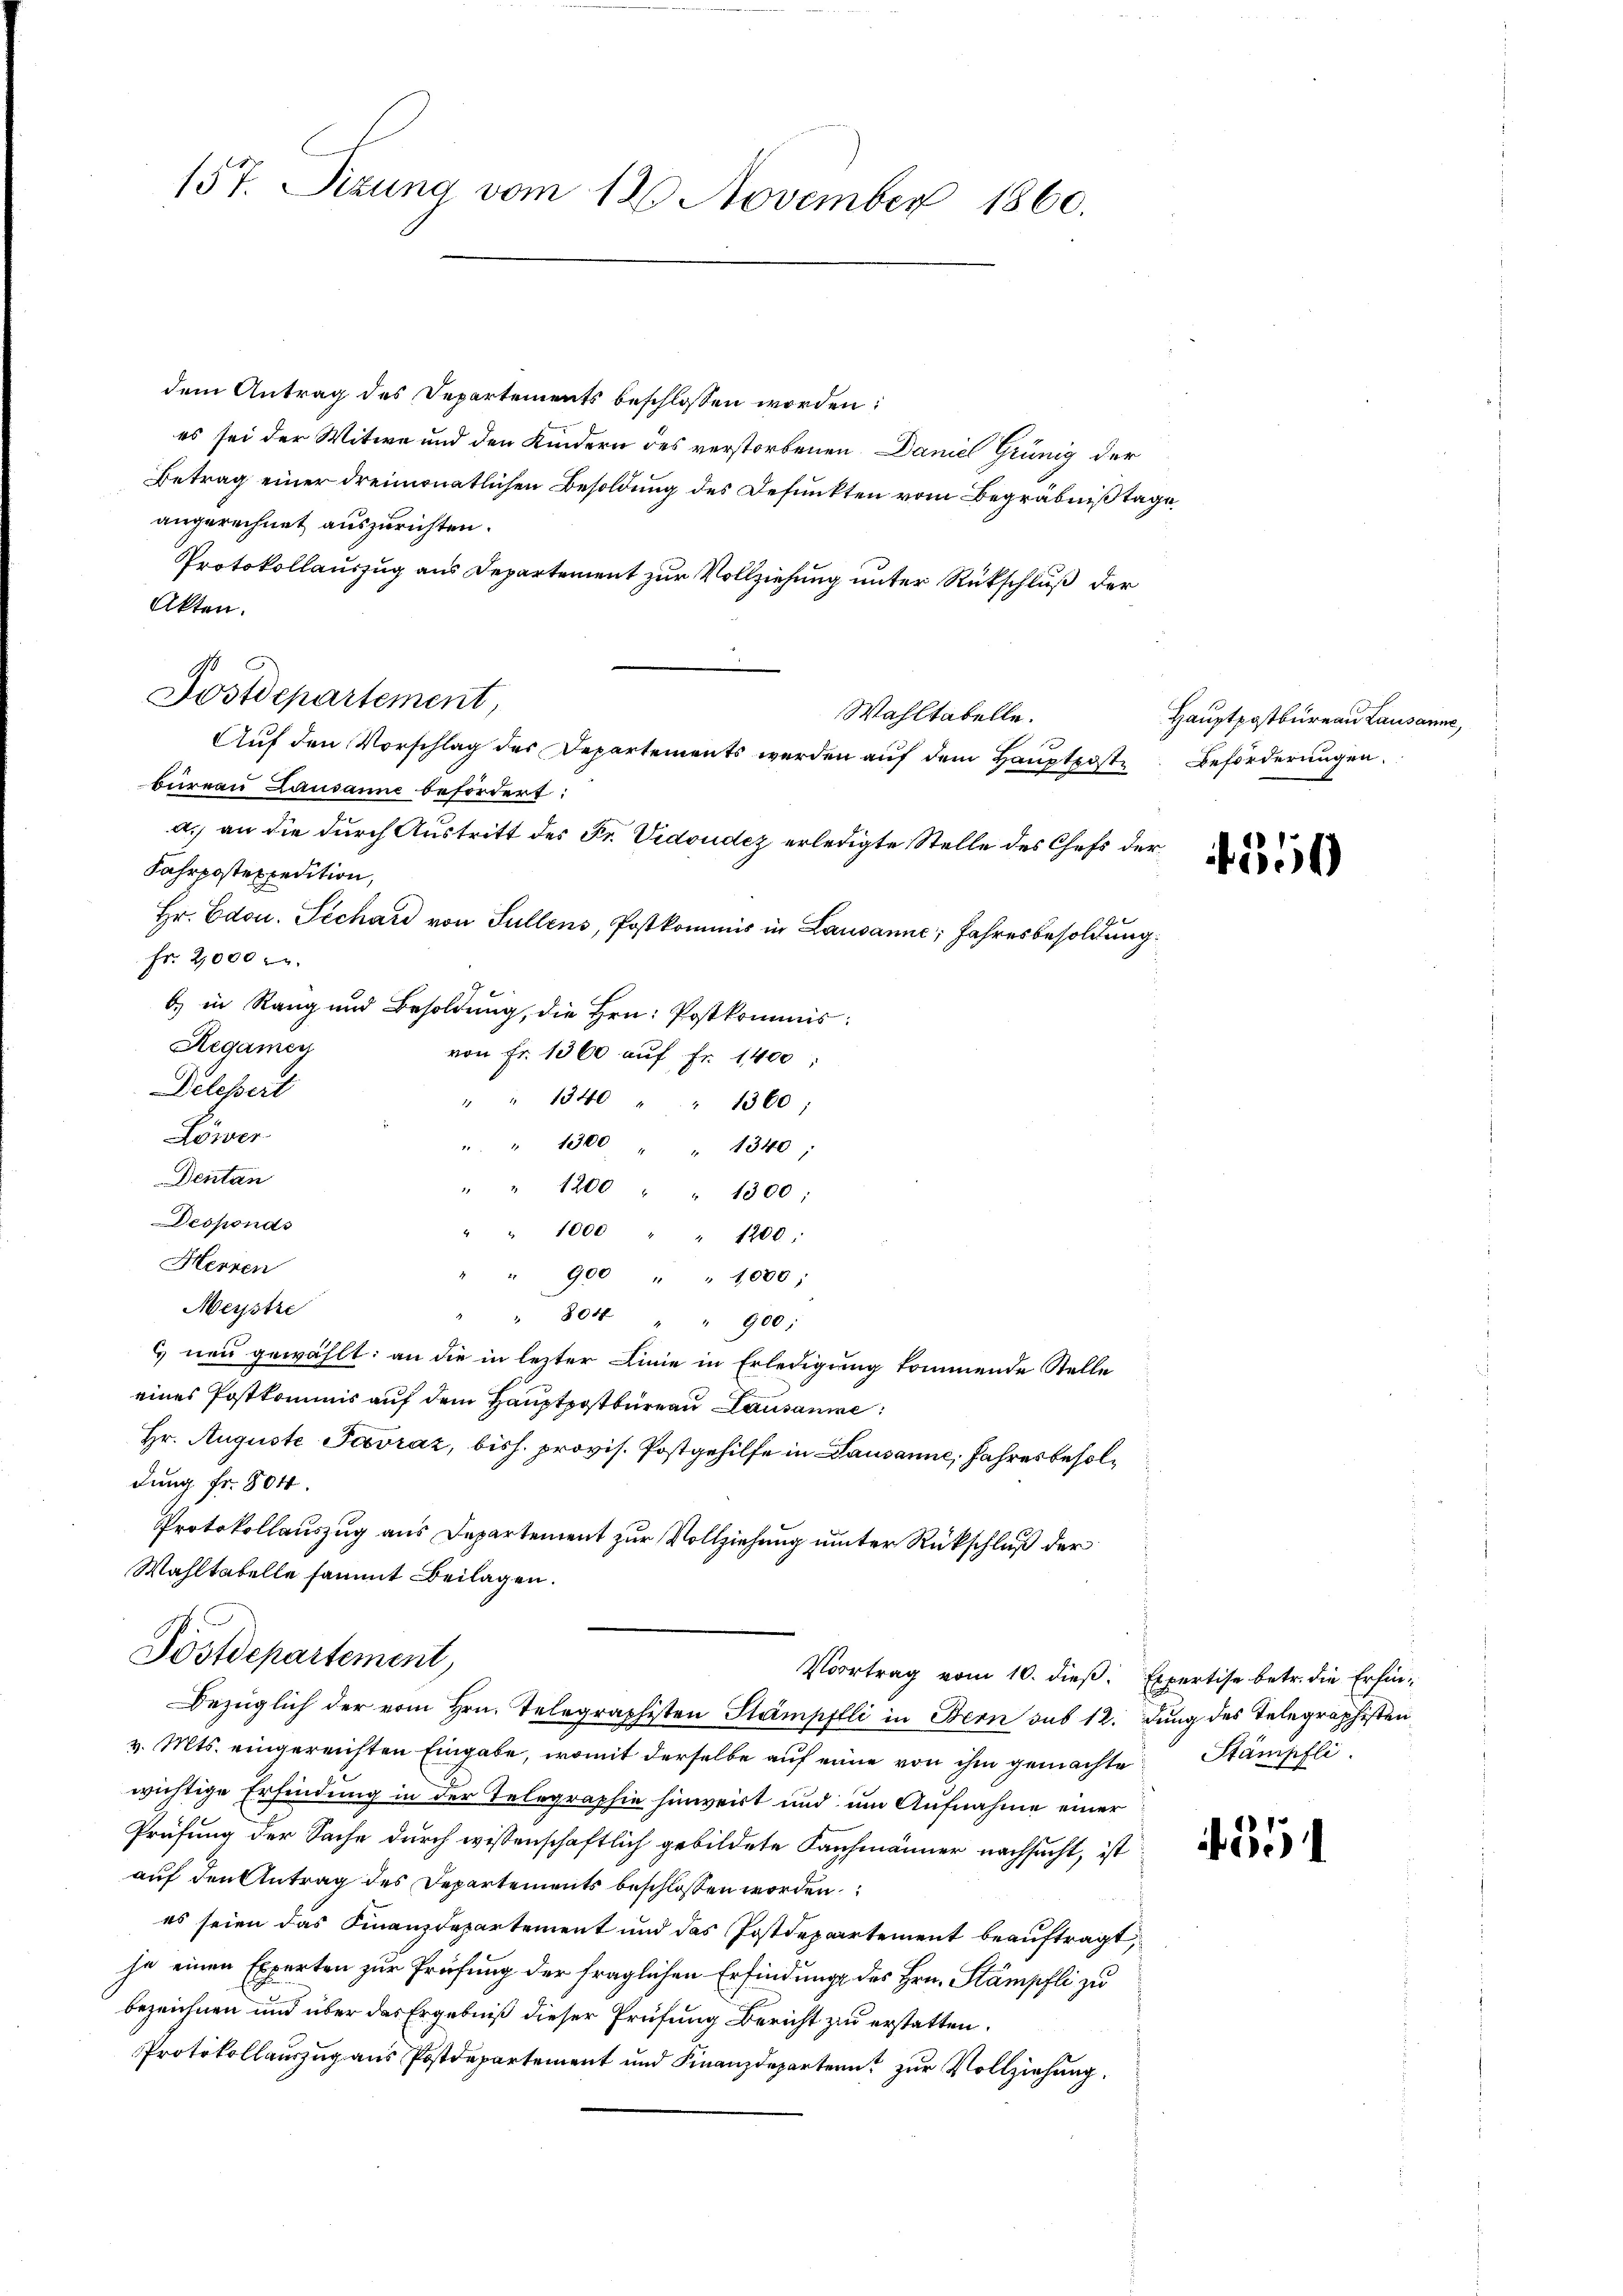
157. Sizung vom 12. November 1860.

dem Antrag des Departements beschlossen worden:
es sei der Witwe und den Kindern des verstorbenen Daniel Grünig der
Betrag einer dreimonatlichen Besoldung des Defunkten vom Begräbniß tage
angerechnet auszurichten.
Protokollauszug aus Departement zur Vollziehung unter Rückschluß der
Akten.
Wahltabelle.
Auf den Vorschlag des Departements werden auf dem Hauptpost Beförderungen
bureau Lausanne befördert:
a.) an die durch Austritt des Fr. Vidoudez erledigte Stelle des Chefs der
Fahrpostexpedition,
Hr. Edou. Pechard von Sullens, Postkommis in Lausanne; Jahresbesoldung
Fr. 2,000
9
b) in Rang und Besoldung, die Hrn. Postkommis
Regamen
von Fr. 1360 aŭf Fr. 1400;
Delessert
" " 1340 " " 1360;
Löwer
" " 1300 1340;
Dentan
" 1200 " " 1300
Desponas
" " 1000 " " 1200.
Herren
" 900 " " 1000;
Meystre
" 804 " " 900:
 neu gewählt: an die in lezter Linie in Erledigung kommende Stelle
eines Postkommis auf dem Hauptpostbureau Lausanne
Hr. Auguste Tovráz, bish. provis. Postgehilfe in Lausanne, Jahresbesoldung fr. 804.
Protokollauszug aus Departement zur Vollziehung unter Rückschluß der
Wahltabelle sammt Beilagen.

9
Fostdepartement,

Postdepartement,
Vortrag vom 10. dieß: Expertise betr. die Erfin¬
Bezüglich der vom Hrn. Telegraphisten Stampflli in Bern sub 12. dung des Telegraphisten

v. Mts. eingereichten Eingabe, womit derselbe auf eine von ihm gemachte Stämpfli
wichtige Erfindung in der Telegraphie hinweist und um Aufnahme einer
Prüfung der Sache durch wissenschaftlich gebildete Kaufmänner nachsucht, ist
auf den Antrag des Departements beschlossen worden.
es seien das Finanzdepartement und das Postdepartement beauftragt,
he einen Experten zur Prüfung der fraglichen Erfindung des Hrn. Stämpfli zu
bezeichnen und über das Ergebniß dieser Prüfung Bericht zu erstatten.
Protokollauszug aus Postdepartement und Finanzdepartern zur Vollziehung.

Hauptpostbureau Lausar

150

if. 211